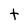
Character: t